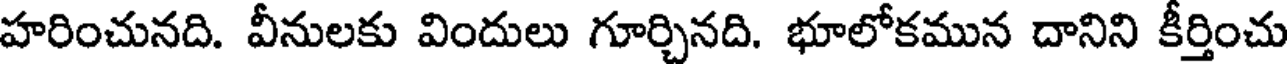
హరించునది. వీనులకు విందులు గూర్చినది. భూలోకమున దానిని కీర్తించు